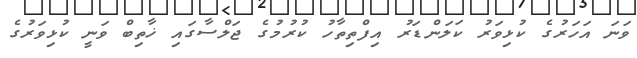
ވަނަ އަހަރުގެ ކުޅިވަރު ކަލަންޑަރު އިފްތިތާހު ކުރުމުގެ ޖަލްސާގައި ޚާތިބް ވަނީ ކުޅިވަރުގެ